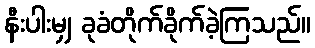
နီးပါးမျှ ခုခံတိုက်ခိုက်ခဲ့ကြသည်။